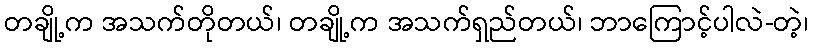
တချို့က အသက်တိုတယ်၊ တချို့က အသက်ရှည်တယ်၊ ဘာကြောင့်ပါလဲ-တဲ့၊